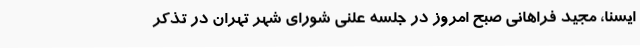
ایسنا، مجید فراهانی صبح امروز در جلسه علنی شورای شهر تهران در تذکر